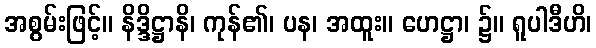
အစွမ်းဖြင့်။ နိဒ္ဒိဋ္ဌာနိ၊ ကုန်၏၊ ပန၊ အထူး။ ဟေဋ္ဌာ၊ ၌။ ရူပါဒီဟိ၊